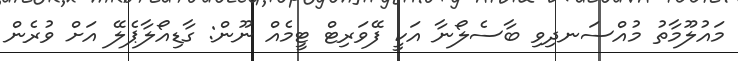
މައުލޫމާތު މުއްސަނދިވި ބާސެލޯނާ އަކީ ފޭވަރިޓް ޓީމެއް ނޫން: ގާޑިއޯލާޕެލޭ އަށް ވުރެން